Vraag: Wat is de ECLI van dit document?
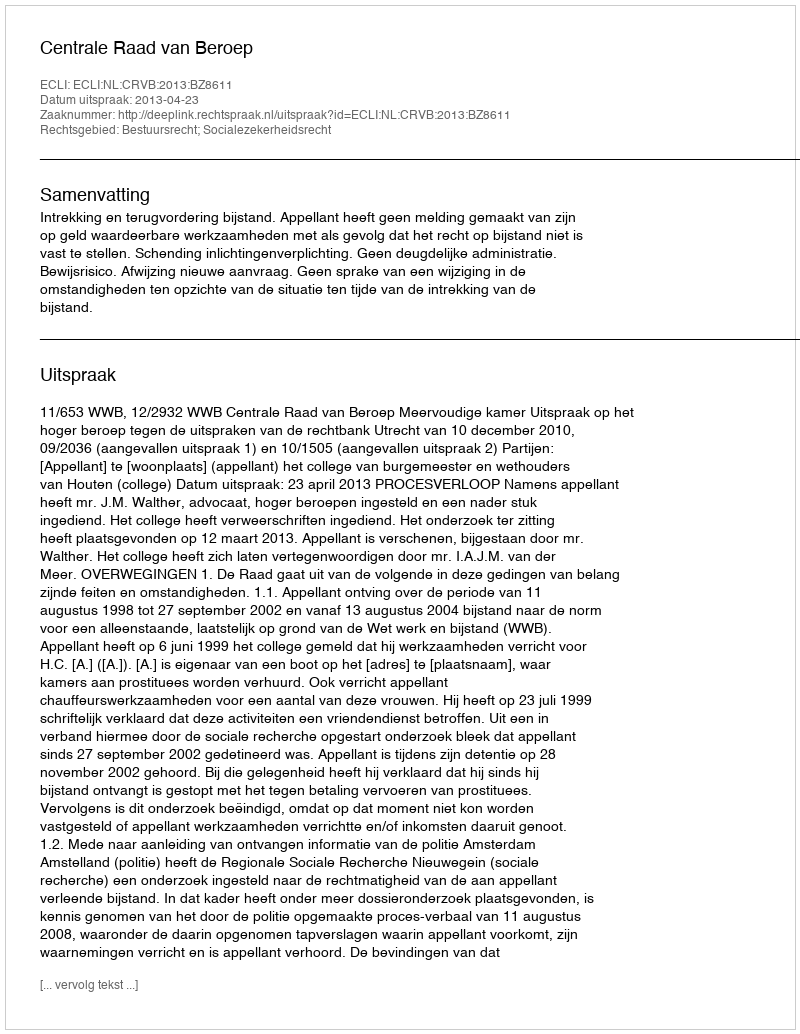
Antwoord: ECLI:NL:CRVB:2013:BZ8611